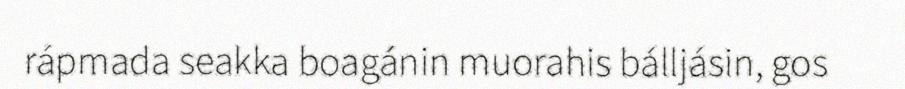
rápmada seakka boagánin muorahis bálljásin, gos